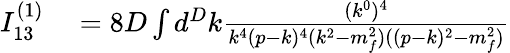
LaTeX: \begin{array}{rl}{I_{13}^{(1)}}&{{}=8D\int d^{D}k\frac{(k^{0})^{4}}{k^{4}(p-k)^{4}(k^{2}-m_{f}^{2})((p-k)^{2}-m_{f}^{2})}}\end{array}